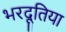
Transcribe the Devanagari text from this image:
भरदूतिया